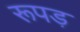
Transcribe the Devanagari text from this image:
रूपड़